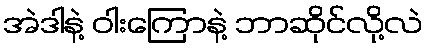
အဲဒါနဲ့ ဝါးကြောနဲ့ ဘာဆိုင်လို့လဲ